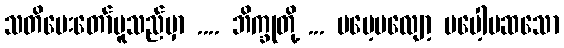
သတိပေးတော်မူသည်မှာ .... ဘိက္ခုတို့ ... မမေ့မလျော့ မပေါ့မဆသော